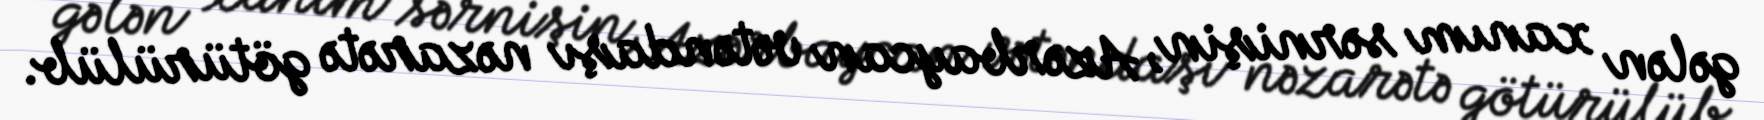
gələn xanım sərnişin, Azərbaycan vətəndaşı nəzarətə götürülüb.